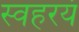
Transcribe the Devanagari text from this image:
स्वहरयं